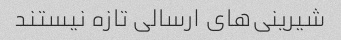
شیرینی‌های ارسالی تازه نیستند